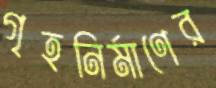
গৃহনির্মাণের